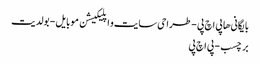
بایگانی‌ها پی اچ پی - طراحی سایت و اپلیکیشن موبایل - بولدیت
برچسب - پی اچ پی